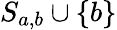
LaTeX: S_{a,b}\cup\{ b\}